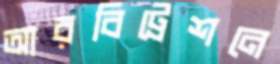
আরবিট্রেশনে